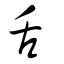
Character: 舌